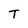
Character: T